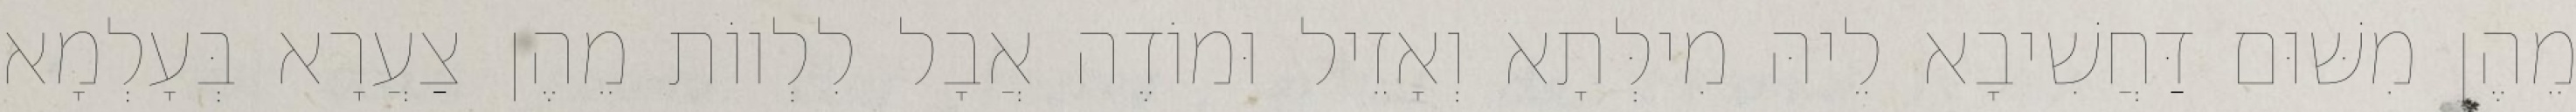
מֵהֶן מִשּׁוּם דַּחֲשִׁיבָא לֵיהּ מִילְּתָא וְאָזֵיל וּמוֹדֶה אֲבָל לִלְווֹת מֵהֶן צַעֲרָא בְּעָלְמָא